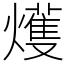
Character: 𤐰